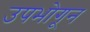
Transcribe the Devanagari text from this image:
उपभोगून